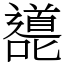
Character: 㘏